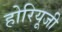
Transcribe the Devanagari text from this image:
होरियूजी